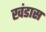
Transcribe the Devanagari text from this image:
खंडास